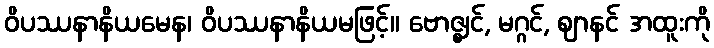
ဝိပဿနာနိယမေန၊ ဝိပဿနာနိယမဖြင့်။ ဗောဇ္ဈင်, မဂ္ဂင်, ဈာနင် အထူးကို